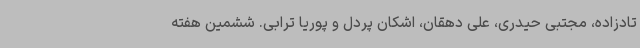
تادزاده، مجتبی حیدری، علی دهقان، اشکان پردل و پوریا ترابی. ششمین هفته